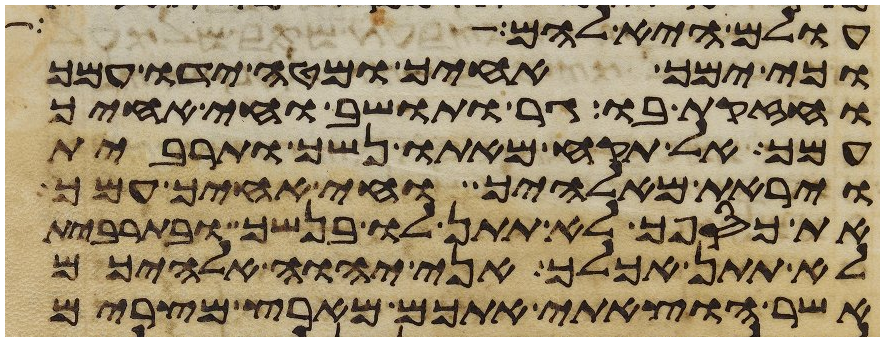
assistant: עולם היא להם
וכי ימך אחיך ומטה ידו עמך
וחזקת בו גר ותושב וחי אחיך
עמך אל תקח מאתו נשך ותרבית
ויראת מאלהיך וחי אחיך עמך
את כספך לא תתן לו בנשך ובתרבית
לא תתן אכלך אני יהוה אלהיכם
אשר הוצאתי אתכם מארץ מצרים